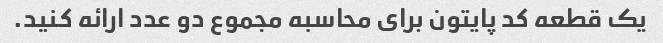
یک قطعه کد پایتون برای محاسبه مجموع دو عدد ارائه کنید.